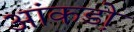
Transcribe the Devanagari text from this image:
आंकडो़